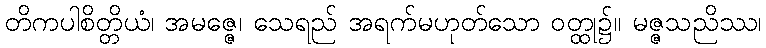
တိကပါစိတ္တိယံ၊ အမဇ္ဇေ၊ သေရည် အရက်မဟုတ်သော ဝတ္ထု၌။ မဇ္ဇသညိဿ၊